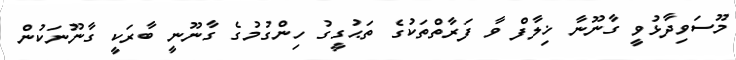
މޫސަވިދާޅުވީ ގާނޫނާ ޚިލާފް ވާ ފަރާތްތަކުގެ ތަޙުގީގު ހިންގުމުގެ ގާނޫނީ ބާރަކީ ގާނޫނަކުން